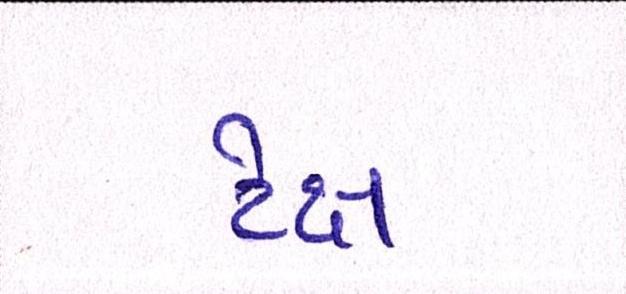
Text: ટેક્ષ